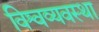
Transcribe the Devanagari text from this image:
विश्वव्यवस्था